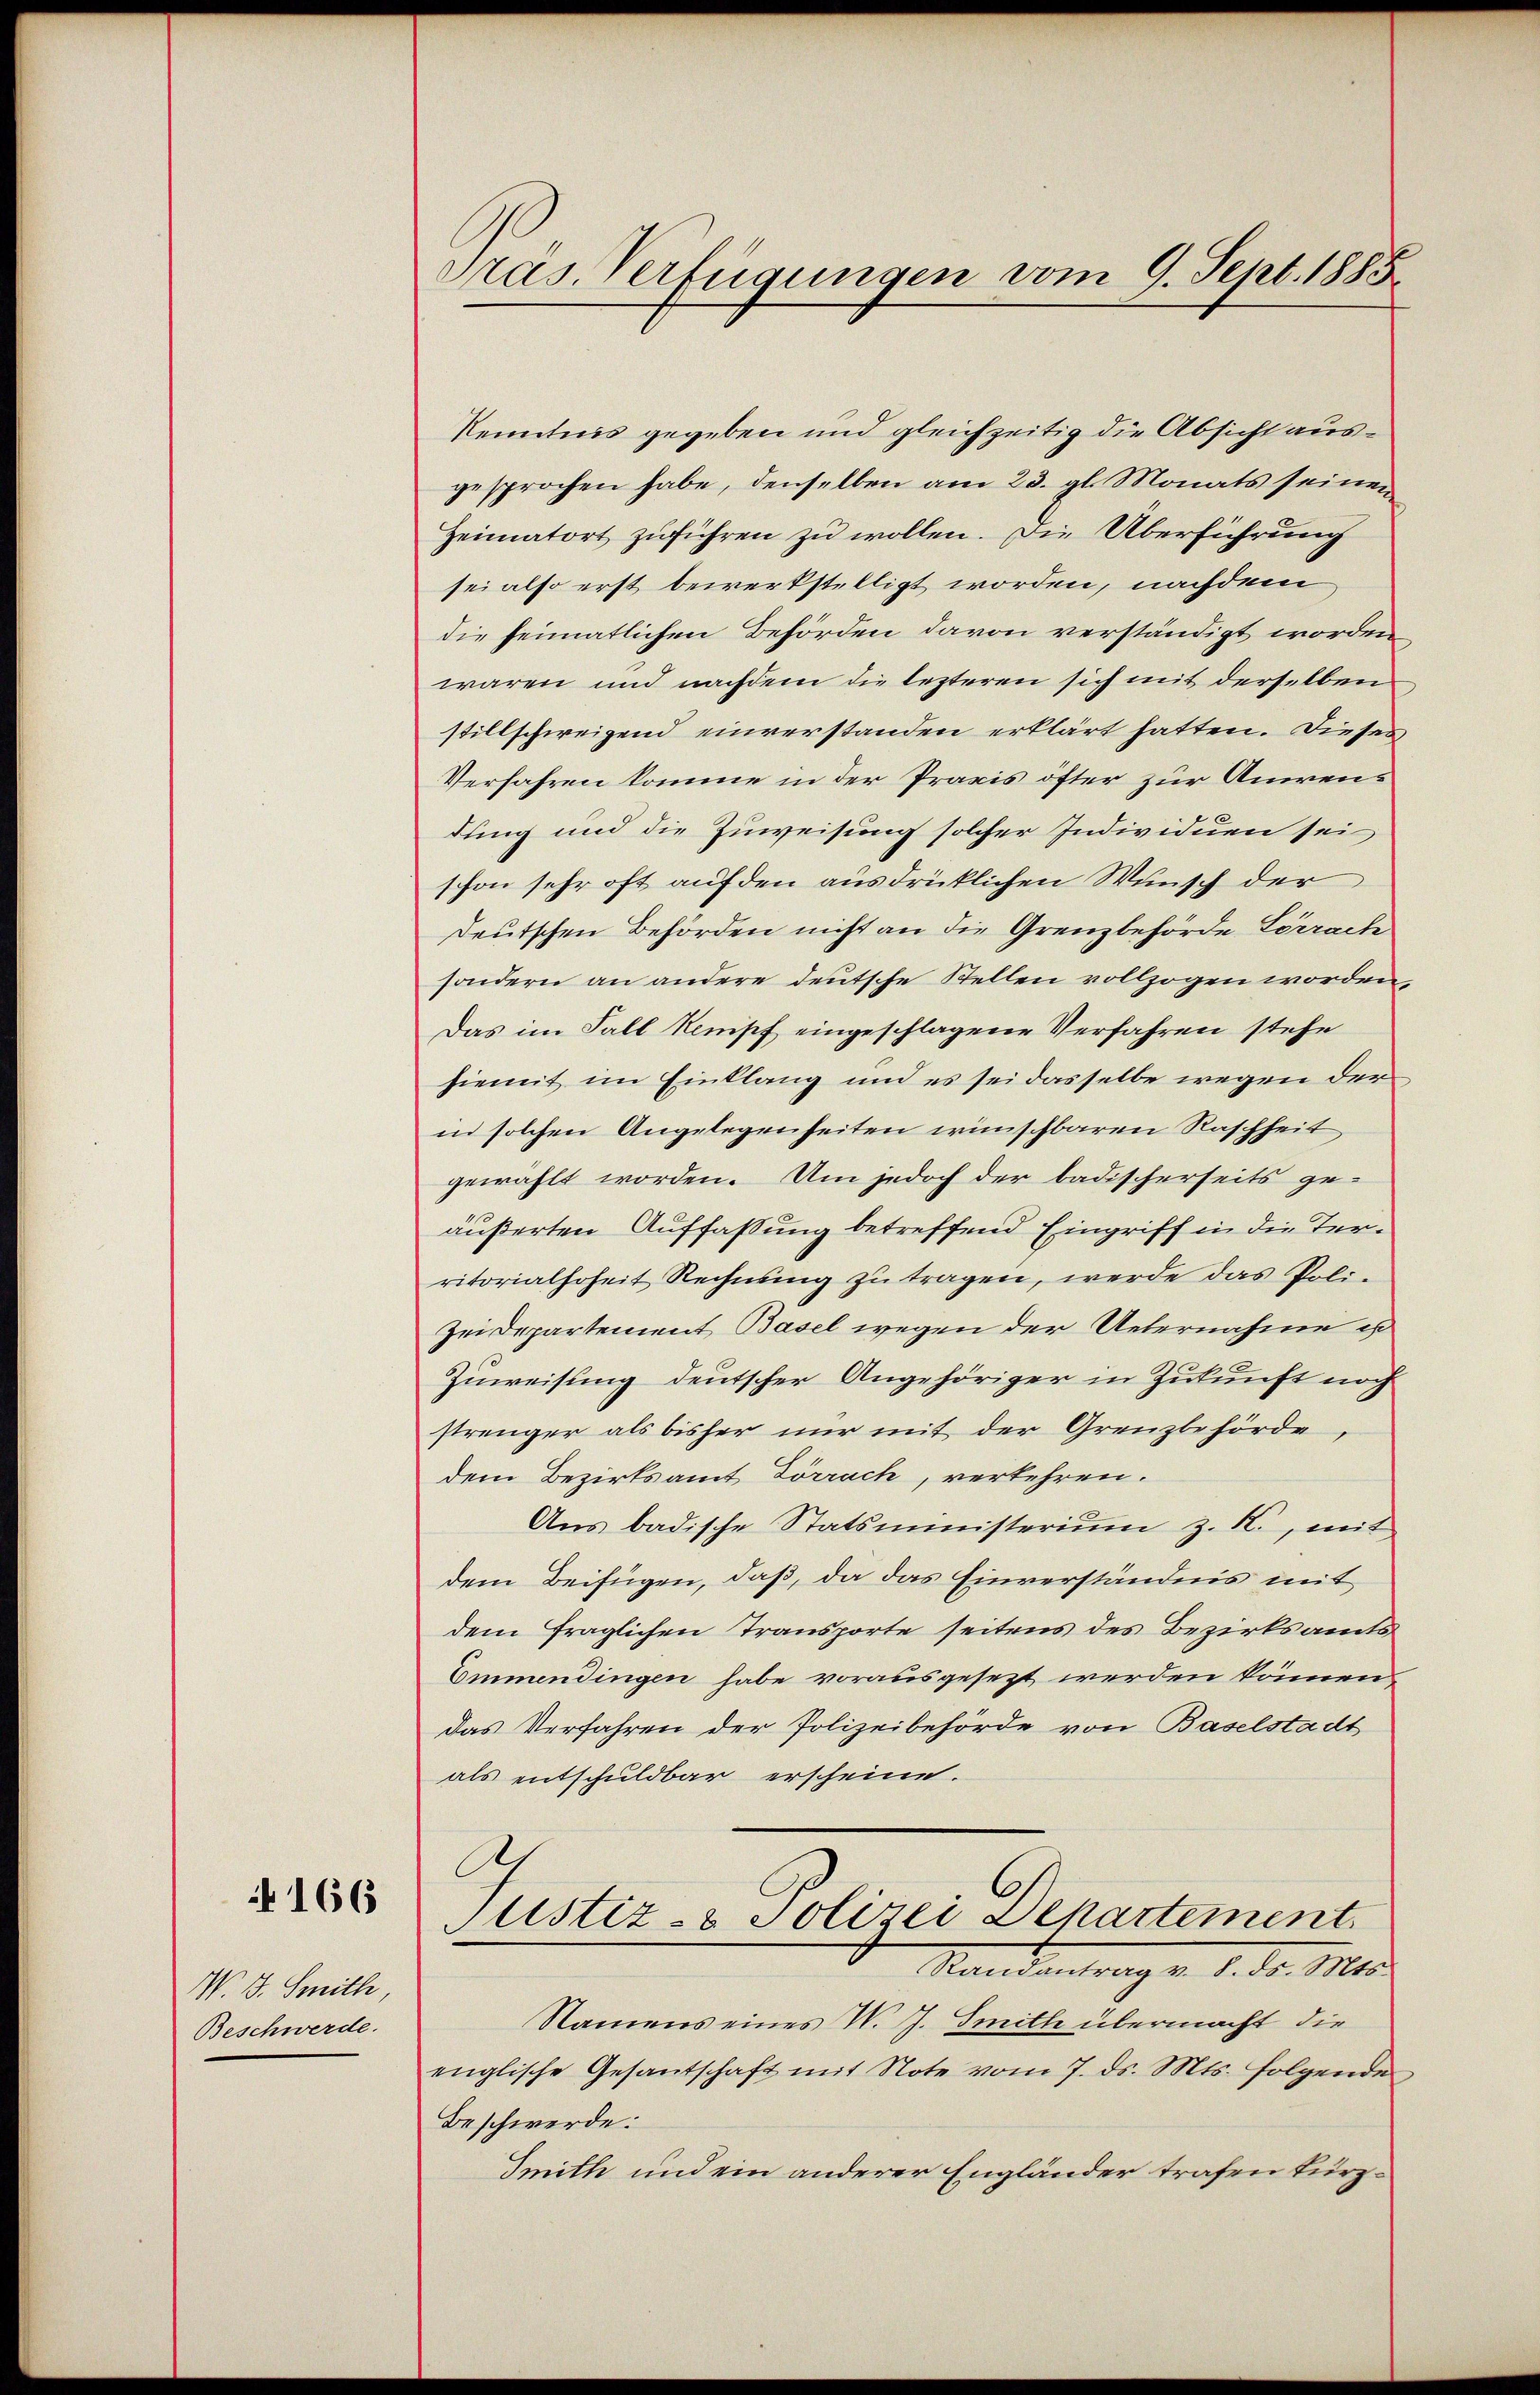
166

W. B. Seithe
Beschwerde.

Pras Verfügungen vom 9. Sept. 1885.

kenntnis gegeben und gleichzeitig die Absicht ausgesprochen habe, denselben am 23. gl. Monats seinen
Heimatort zuführen zu wollen. Die Überführung
sei also erst bewerkstelligt worden, nachdem
die heimatlichen Behörden davon verständigt worden
waren und nachdem die lezteren sich mit derselben
stillschweigend einverstanden erklärt hatten. Dieses
Verfahren komme in der Praxis öfter zur Anirendung und die Zuweisung solcher Individuen sei
schon sehr oft auf den ausdrüklichen Wunsch der
Deutschen Behörden nicht an die Grenzbehörde Lörrach
sondern an andere deutsche Stellen vollzogen worden,
Das im Fall Kampf eingeschlagene Verfahren stehe
hiemit im Einklang und es sei dasselbe wegen der
in solchen Angelegenheiten wünschbaren Raschheit
gewählt worden. Um jedoch der badischerseits ge-
äußerten Auffassung betreffend Eingriff in die Territorialhoheit Rechnung zŭ tragen, werde das Poli-
Zei Departement Basel wegen der Uebernahme es
Zuweisung deutscher Angehöriger in Zukunft noch
strenger als bisher nur mit der Grenzbehörde
dem Bezirksamt Lörrach, verkehren.
Ans badische Statsministerium z. K., mit
dem Beifügen, daß, da das Einverständnis mit
dem fraglichen Transporte seitens des Bezirksamts
Emmendingen habe vorausgesezt werden können,
das Verfahren der Polizeibehörde von Baselstadt
als entschuldbar erscheine.
A
Justiz- & Polizei Departement
Standeantrag v. 1. ds. Mit
Namens eines W. J. Smith übermacht die
englische Gesantschaft mit Note vom 7. ds. Mts. folgende
Beschwerde.
Smith und ein anderer Engländer trafen kürz¬